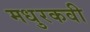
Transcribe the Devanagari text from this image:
मधुरकवी